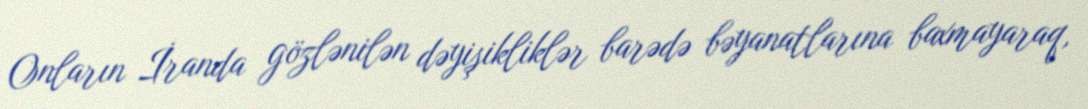
Onların İranda gözlənilən dəyişikliklər barədə bəyanatlarına baxmayaraq,